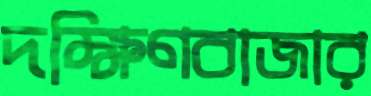
দক্ষিণবাজার